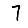
Digit: 7